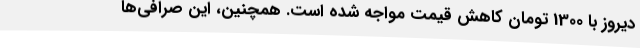
دیروز با 1300 تومان کاهش قیمت مواجه شده است. همچنین، این صرافی‌ها